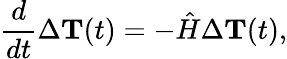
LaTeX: \frac{d}{dt}\Delta{{\mathbf T}}(t)=-{\hat{H}}\Delta{{\mathbf T}}(t),